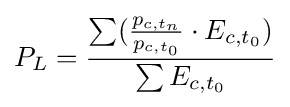
P_{L}={\frac {\sum ({\frac {p_{c,t_{n}}}{p_{c,t_{0}}}}\cdot E_{c,t_{0}})}{\sum E_{c,t_{0}}}}